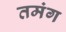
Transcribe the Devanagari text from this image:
तमंग